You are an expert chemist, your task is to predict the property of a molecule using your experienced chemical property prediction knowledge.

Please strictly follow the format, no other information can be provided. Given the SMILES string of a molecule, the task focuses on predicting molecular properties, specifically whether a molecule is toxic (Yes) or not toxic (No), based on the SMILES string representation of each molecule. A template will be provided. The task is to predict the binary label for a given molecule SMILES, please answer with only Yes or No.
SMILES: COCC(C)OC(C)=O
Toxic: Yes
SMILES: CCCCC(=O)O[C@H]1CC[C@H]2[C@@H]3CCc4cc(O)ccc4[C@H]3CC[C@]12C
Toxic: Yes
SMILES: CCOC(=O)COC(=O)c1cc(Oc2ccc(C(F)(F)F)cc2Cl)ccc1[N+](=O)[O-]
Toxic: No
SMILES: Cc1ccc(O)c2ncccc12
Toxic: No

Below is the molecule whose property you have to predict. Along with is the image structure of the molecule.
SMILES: C1CCCC1
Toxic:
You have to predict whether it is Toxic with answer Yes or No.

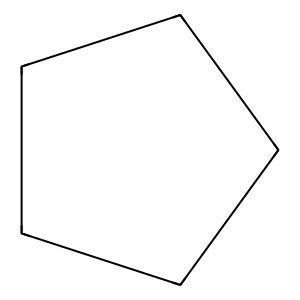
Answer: No